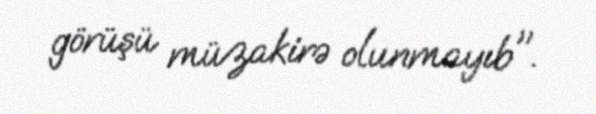
görüşü müzakirə olunmayıb".